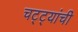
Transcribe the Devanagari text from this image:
चट्ट्यांची